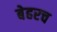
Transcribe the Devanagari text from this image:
बेहरच